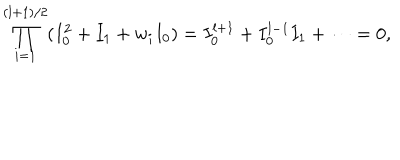
\prod _ { i = 1 } ^ { ( l + 1 ) / 2 } ( I _ { 0 } ^ { 2 } + I _ { 1 } + w _ { i } I _ { 0 } ) = I _ { 0 } ^ { l + 1 } + I _ { 0 } ^ { l - 1 } I _ { 1 } + \cdots = 0 ,